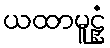
ယထာမူဠှံ